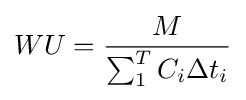
WU={\frac {M}{\sum _{1}^{T}C_{i}\Delta t_{i}}}